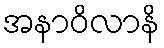
အနာဝိလာနိ